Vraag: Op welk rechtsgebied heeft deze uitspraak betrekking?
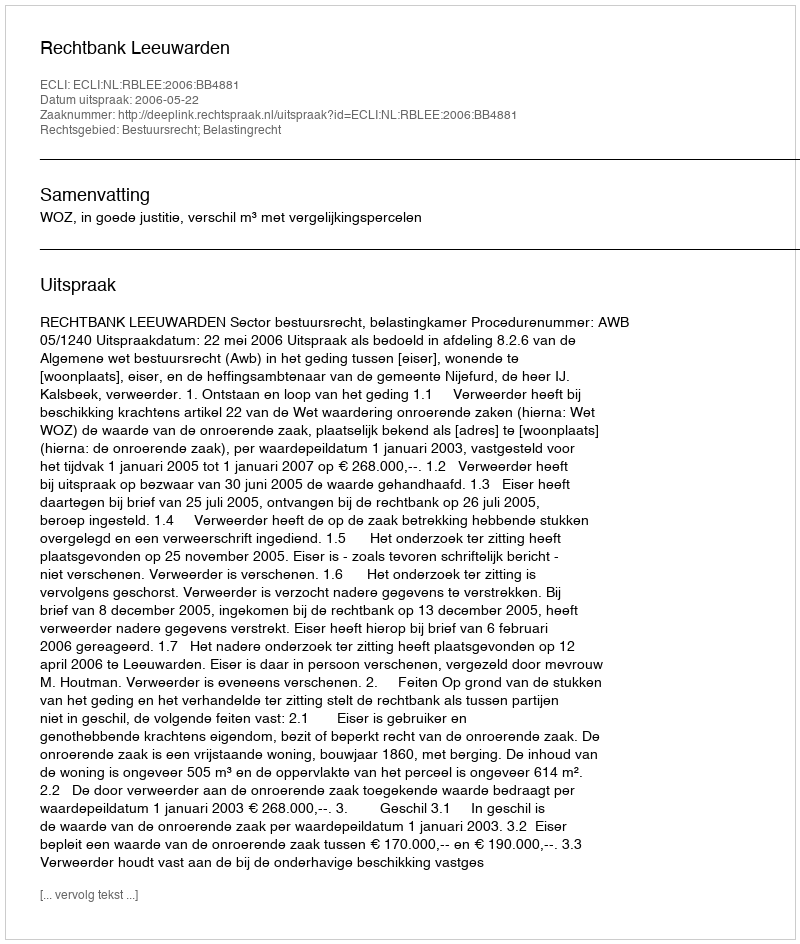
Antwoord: Bestuursrecht; Belastingrecht